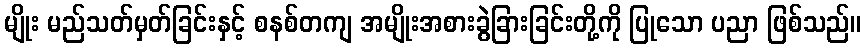
မျိုး မည်သတ်မှတ်ခြင်းနှင့် စနစ်တကျ အမျိုးအစားခွဲခြားခြင်းတို့ကို ပြုသော ပညာ ဖြစ်သည်။